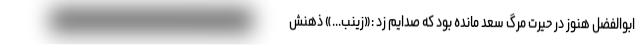
ابوالفضل هنوز در حیرت مرگ سعد مانده بود که صدایم زد :«زینب...» ذهنش